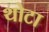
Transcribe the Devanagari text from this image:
थोटा